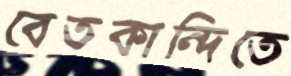
বেতকান্দিতে